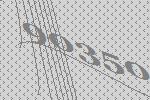
90350